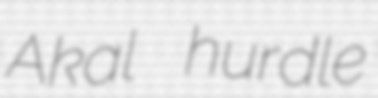
Akal hurdle